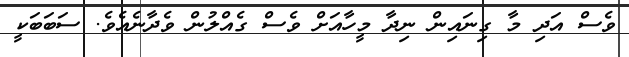
ވެސް އަދި މާ ގިނައިން ނިދާ މީހާއަށް ވެސް ގެއްލުން ވެދާނެއެވެ. ސަބަބަކީ